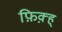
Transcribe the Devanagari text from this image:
फ़िक़्ह्